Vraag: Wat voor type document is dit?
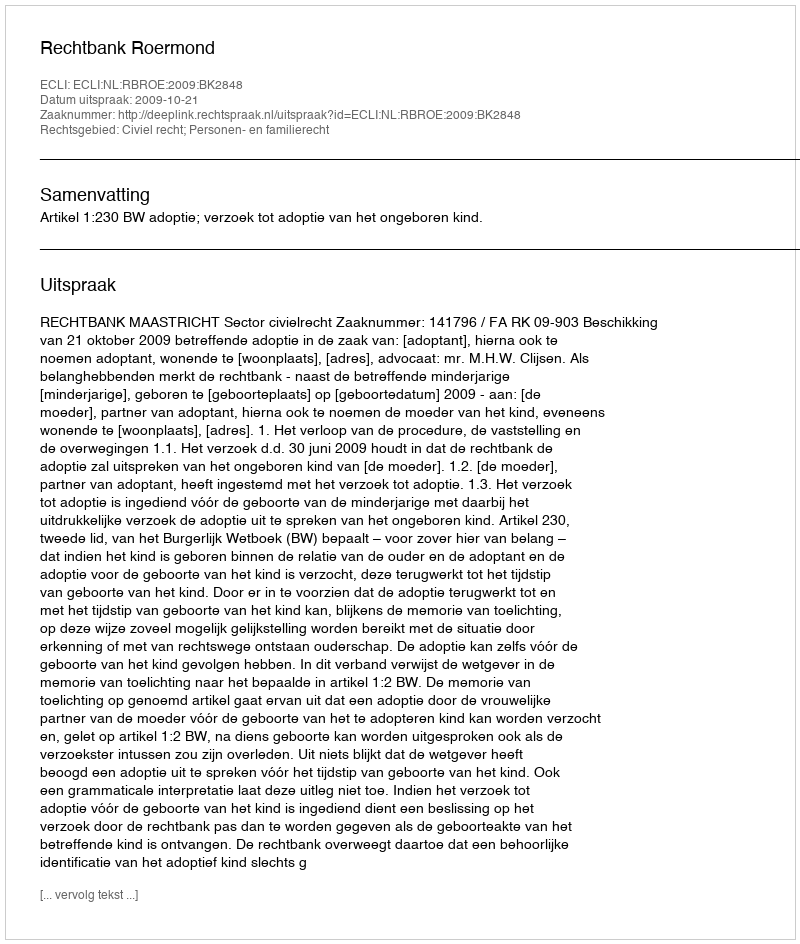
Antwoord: Uitspraak